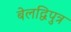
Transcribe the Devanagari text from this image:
बेलद्विपुत्र